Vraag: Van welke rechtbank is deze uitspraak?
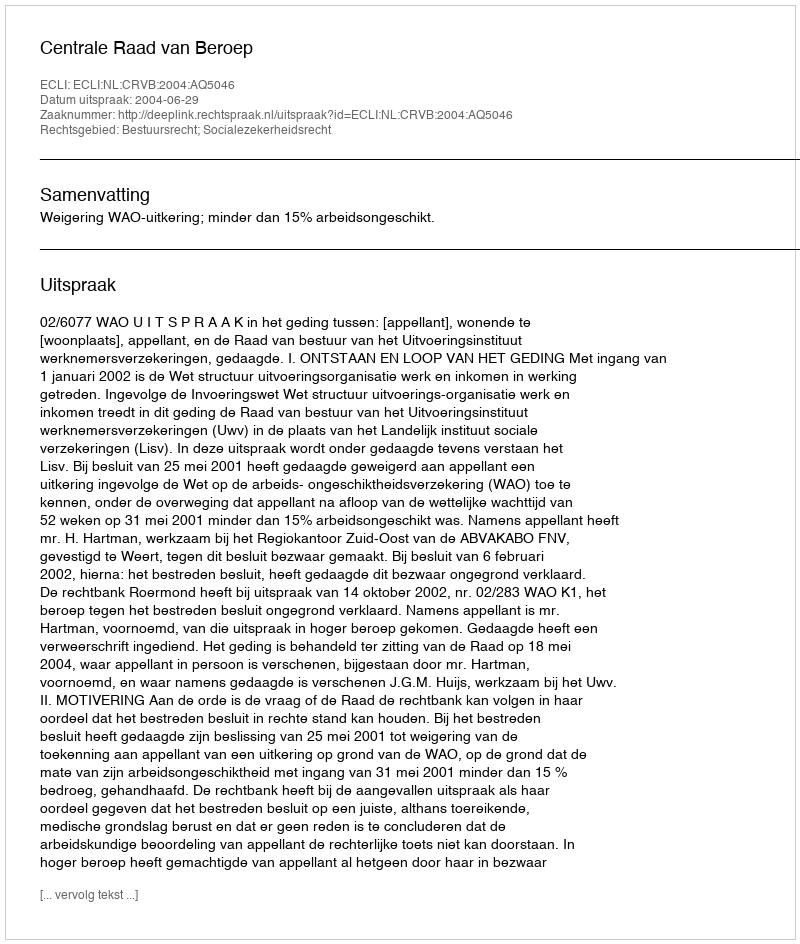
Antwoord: Centrale Raad van Beroep